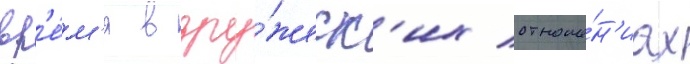
вр'е́м'я в дру́жеск'их отноше́н'иах